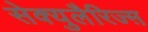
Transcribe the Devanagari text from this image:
सेक्युलैरिज्म़